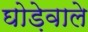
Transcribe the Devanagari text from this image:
घोड़ेवाले